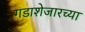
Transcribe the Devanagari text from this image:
गडाशेजारच्या